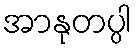
အာနုတပ္ပါ